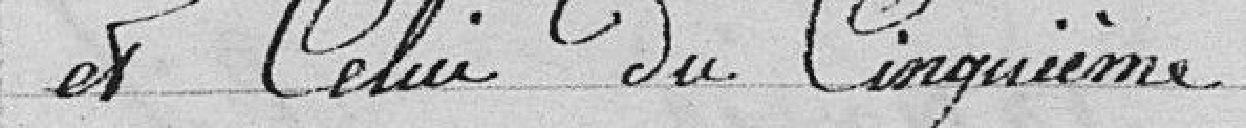
et celui du cinquième